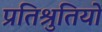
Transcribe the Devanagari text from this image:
प्रतिश्रुतियों